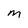
Character: M